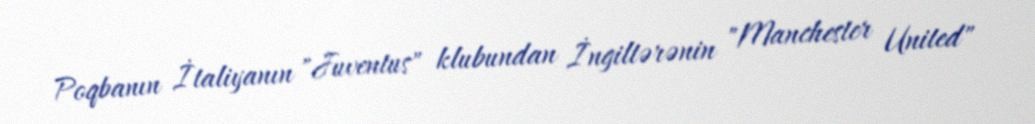
Poqbanın İtaliyanın "Juventus" klubundan İngiltərənin "Manchester United"